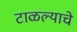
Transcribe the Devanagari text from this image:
टाळल्याचे